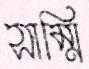
সাম্মি